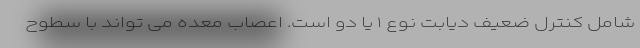
شامل کنترل ضعیف دیابت نوع ۱ یا دو است. اعصاب معده می تواند با سطوح